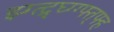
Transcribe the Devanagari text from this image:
झ्ग्त्द्र्घ्ग्ग्फ्त्फ्ह